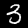
Digit: 3